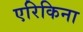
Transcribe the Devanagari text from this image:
एरिकिना